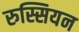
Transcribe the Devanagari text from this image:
रुस्सियन